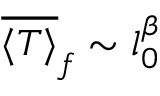
\overline { { \langle T \rangle } } _ { f } \sim l _ { 0 } ^ { \beta }